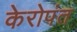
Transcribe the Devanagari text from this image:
केरोपंत